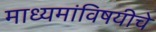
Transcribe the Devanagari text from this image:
माध्यमांविषयीचे